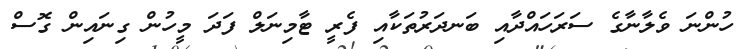
ހުންނަ ވެލާނާގެ ސަރަހައްދާއި ބަނދަރުތަކާއި ފެރީ ޓާމިނަލް ފަދަ މީހުން ގިނައިން ގޮސް